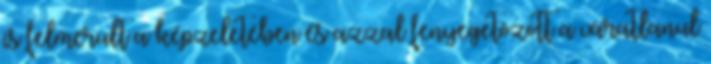
is felmerült a képzeletében és azzal fenyegetõzött a váratlanul